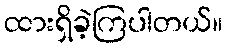
ထားရှိခဲ့ကြပါတယ်။